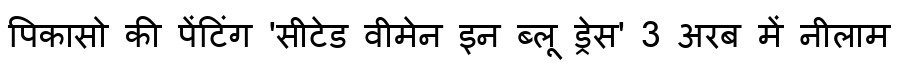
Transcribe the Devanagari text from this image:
पिकासो की पेंटिंग 'सीटेड वीमेन इन ब्लू ड्रेस' 3 अरब में नीलाम